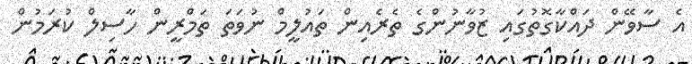
އެ ސާވޭން ދައްކާގޮތުގައި ޒުވާނުންގެ ތެރެއިން ތައުލީމް ނުވަތަ ތަމްރީން ހާސިލް ކުރަމުން